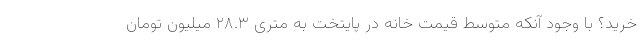
خرید؟ با وجود آنکه متوسط قیمت خانه در پایتخت به متری ۲۸.۳ میلیون تومان